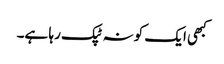
کبھی ایک کونہ ٹپک رہا ہے۔